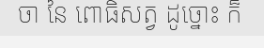
ចា នៃ ពោធិសត្វ ដូច្នោះ ក៏